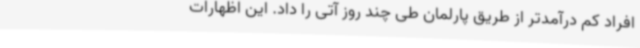
افراد کم درآمدتر از طریق پارلمان طی چند روز آتی را داد. این اظهارات